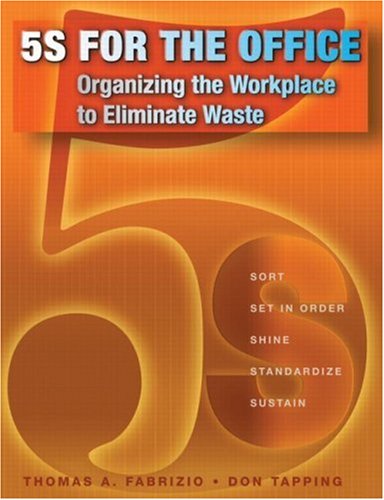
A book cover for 5S for the Office: Organizing the Workplace to Eliminate Waste; Thomas Fabrizio; Business & Money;